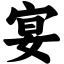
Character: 宴